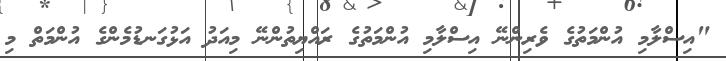
"އިސްލާމި އުންމަތުގެ ވެރިންނޭ އިސްލާމި އުންމަތުގެ ރައްޔިތުންނޭ މިއަދު އަޅުގަނޑުމެންގެ އުންމަތް މި